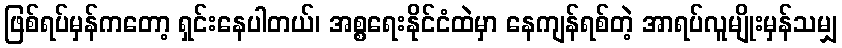
ဖြစ်ရပ်မှန်ကတော့ ရှင်းနေပါတယ်၊ အစ္စရေးနိုင်ငံထဲမှာ နေကျန်ရစ်တဲ့ အာရပ်လူမျိုးမှန်သမျှ